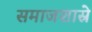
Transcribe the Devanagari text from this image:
समाजशास्रे